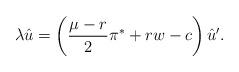
LaTeX: \begin{align*}\lambda \hat{u}=\left(\frac{\mu-r}{2}\pi^\ast+rw-c\right)\hat{u}'.\end{align*}